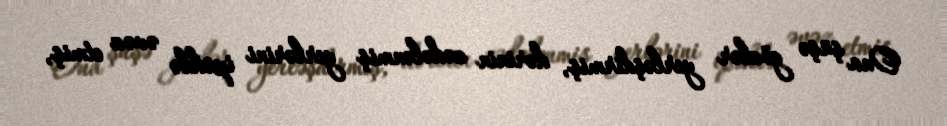
Ona şüşə gözlər yerləşdirmiş, dərinin zədələnmiş yerlərini ipəklə əvəz etmiş,